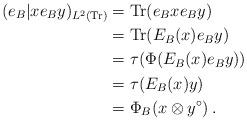
LaTeX: \begin{align*}(e_B|xe_B y)_{L^2({\rm Tr})}&={\rm Tr}(e_Bxe_B y) \\&={\rm Tr}(E_B(x)e_By) \\&=\tau(\Phi (E_B(x)e_By)) \\&=\tau(E_B(x)y) \\&=\Phi_B(x\otimes y^\circ)\, . \\\end{align*}